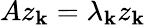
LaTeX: Az_{\mathbf{k}}=\lambda_{\mathbf{k}}z_{\mathbf{k}}